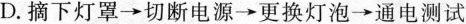
D.摘下灯罩→切断电源→更换灯泡→通电测试